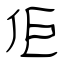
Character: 佢